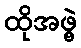
ထိုအဖွဲ့